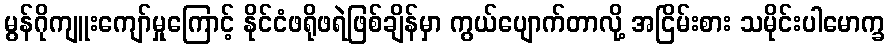
မွန်ဂိုကျူးကျော်မှုကြောင့် နိုင်ငံဖရိုဖရဲဖြစ်ချိန်မှာ ကွယ်ပျောက်တာလို့ အငြိမ်းစား သမိုင်းပါမောက္ခ